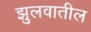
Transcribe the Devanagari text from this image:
झुलवातील